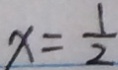
x = \frac { 1 } { 2 }